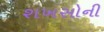
શખસોની